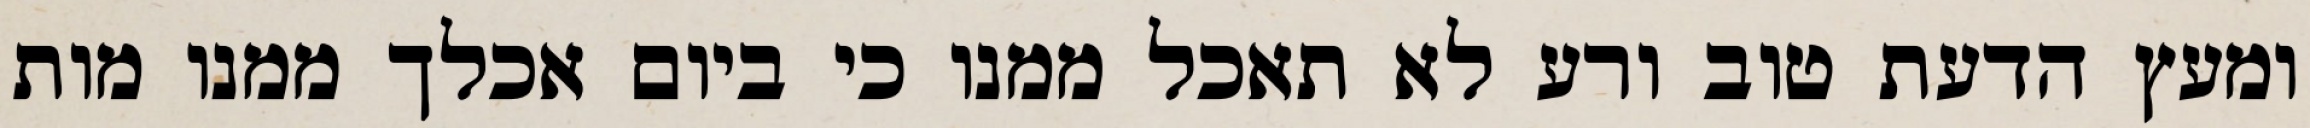
ומעץ הדעת טוב ורע לא תאכל ממנו כי ביום אכלך ממנו מות